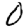
Digit: 0